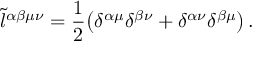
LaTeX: \tilde { l } ^ { \alpha \beta \mu \nu } = \frac { 1 } { 2 } \big ( \delta ^ { \alpha \mu } \delta ^ { \beta \nu } + \delta ^ { \alpha \nu } \delta ^ { \beta \mu } \big ) \, .